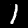
Digit: 1